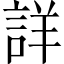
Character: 詳